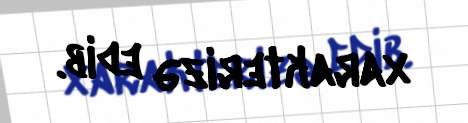
xarakterizə edib.